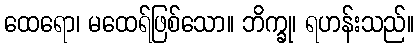
ထေရော၊ မထေရ်ဖြစ်သော။ ဘိက္ခု၊ ရဟန်းသည်။